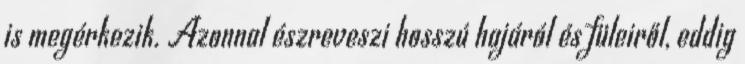
is megérkezik. Azonnal észreveszi hosszú hajáról és füleiről, eddig